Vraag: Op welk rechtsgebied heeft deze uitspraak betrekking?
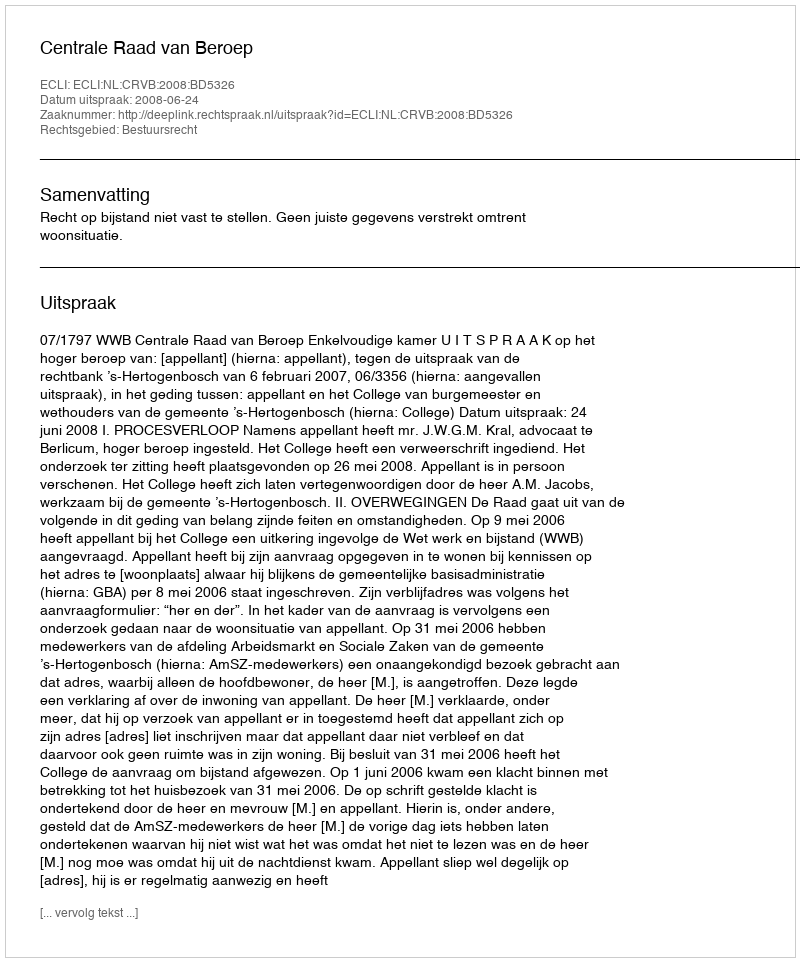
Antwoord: Bestuursrecht